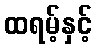
ထရမ့်နှင့်